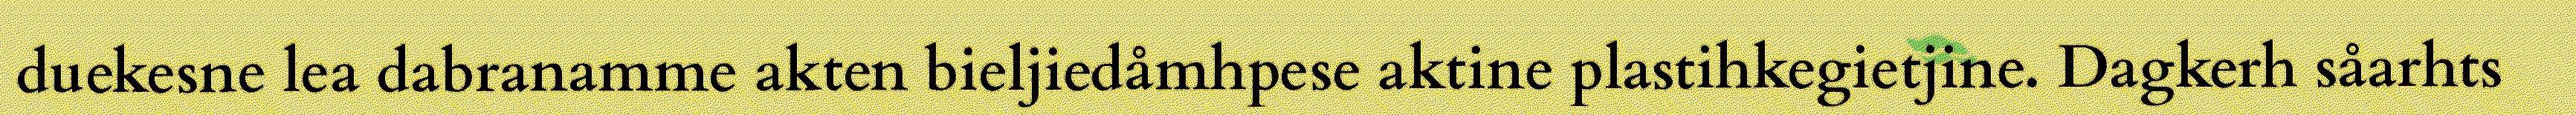
duekesne lea dabranamme akten bieljiedåmhpese aktine plastihkegietjine. Dagkerh såarhts